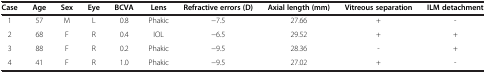
<table><thead><tr><td><b>Case</b></td><td><b>Age</b></td><td><b>Sex</b></td><td><b>Eye</b></td><td><b>BCVA</b></td><td><b>Lens</b></td><td><b>Refractive errors (D)</b></td><td><b>Axial length (mm)</b></td><td><b>Vitreous separation</b></td><td><b>ILM detachment</b></td></tr></thead><tbody><tr><td>1</td><td>57</td><td>M</td><td>L</td><td>0.8</td><td>Phakic</td><td>−7.5</td><td>27.66</td><td>+</td><td>-</td></tr><tr><td>2</td><td>68</td><td>F</td><td>R</td><td>0.4</td><td>IOL</td><td>−6.5</td><td>29.52</td><td>+</td><td>+</td></tr><tr><td>3</td><td>88</td><td>F</td><td>R</td><td>0.2</td><td>Phakic</td><td>−9.5</td><td>28.36</td><td>-</td><td>+</td></tr><tr><td>4</td><td>41</td><td>F</td><td>R</td><td>1.0</td><td>Phakic</td><td>−9.5</td><td>27.02</td><td>+</td><td>-</td></tr></tbody></table>